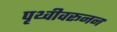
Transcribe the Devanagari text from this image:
पृथ्वीवरूनन